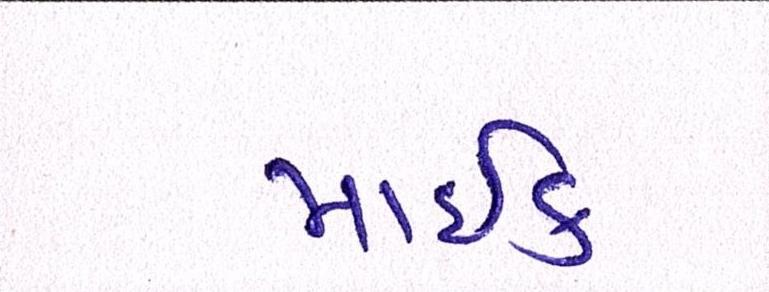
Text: માઇક